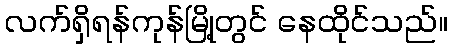
လက်ရှိရန်ကုန်မြို့တွင် နေထိုင်သည်။